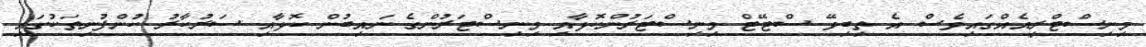
މިނިސްޓްރީއެއްގައިވެސް އެ ތިބިވޭ ސްޓޭޓް މިނިސްޓަރުންކޮޅާއި މިނިސްޓަރުންގެ ނައިބުން ކޮޅާއި ސަރުކާރު ކުންފުނިތަކުގައި